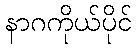
နာဂကိုယ်ပိုင်